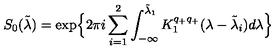
S _ { 0 } ( \tilde { \lambda } ) = \exp \Bigl \{ 2 \pi i \sum _ { i = 1 } ^ { 2 } \int _ { - \infty } ^ { \tilde { \lambda } _ { 1 } } K _ { 1 } ^ { q _ { + } q _ { + } } ( \lambda - \tilde { \lambda } _ { i } ) d \lambda \Bigr \}